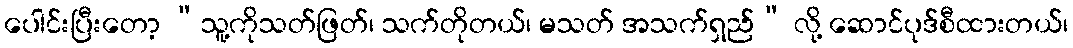
ပေါင်းပြီးတော့ “သူ့ကိုသတ်ဖြတ်၊ သက်တိုတယ်၊ မသတ် အသက်ရှည်” လို့ ဆောင်ပုဒ်စီထားတယ်၊